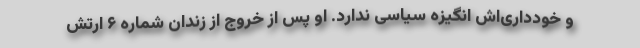
و خودداری‌اش انگیزه سیاسی ندارد. او پس از خروج از زندان شماره ۶ ارتش